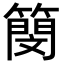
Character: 簢